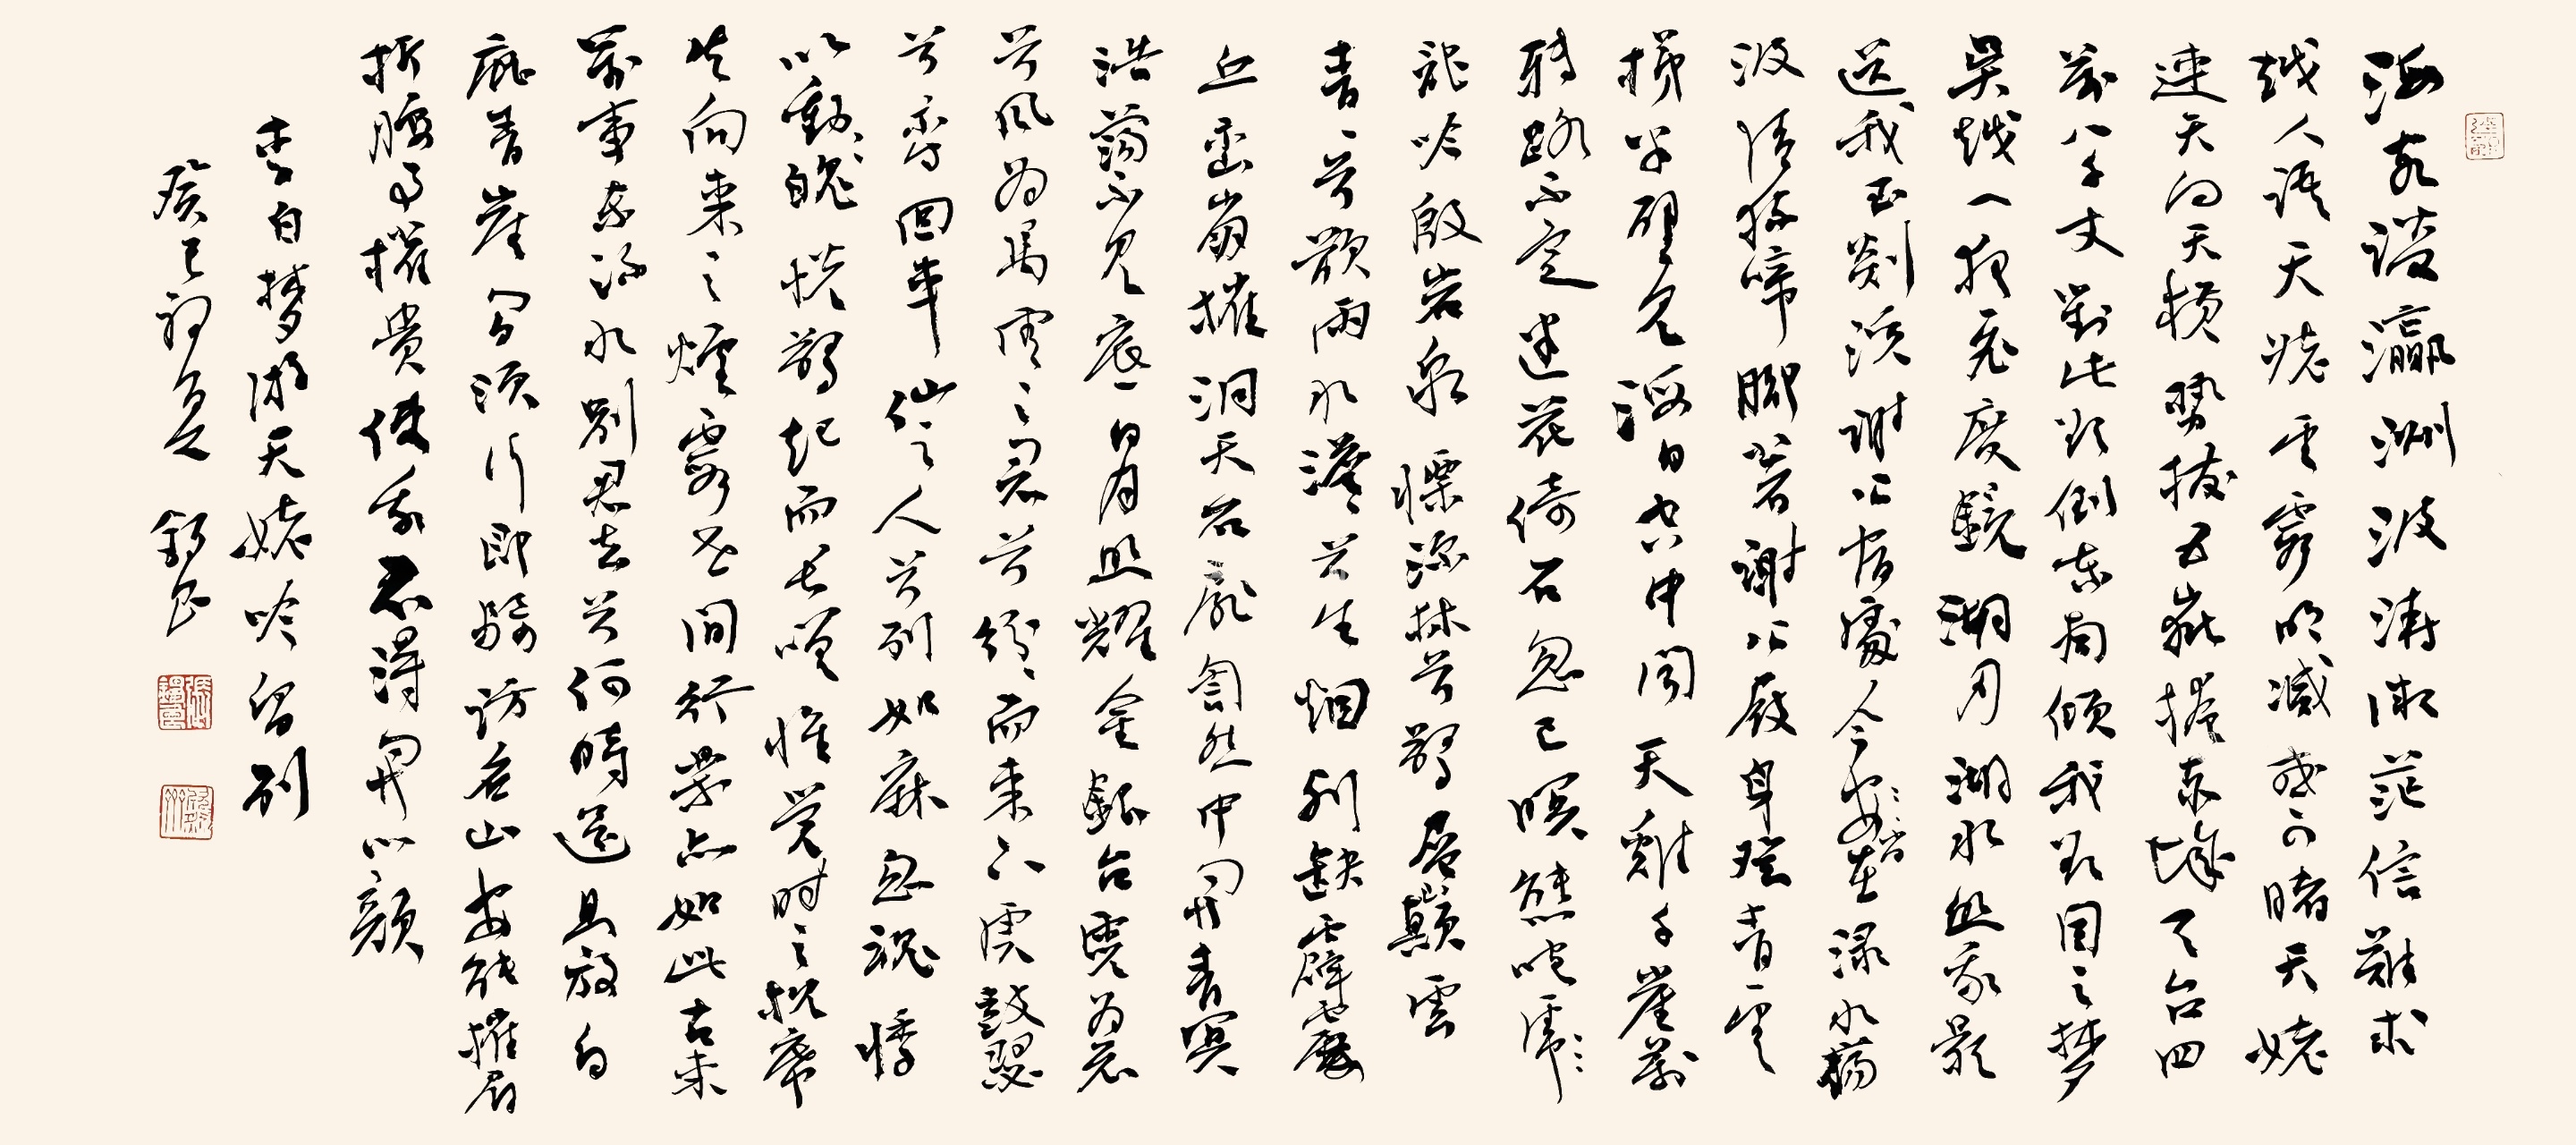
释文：海客谈瀛洲，烟涛微茫信难求。越人语天姥，云霓明灭或可睹。天姥连天向天横，势拔五岳掩赤城。天台四万八千丈，对此欲倒东南倾。我欲因之梦吴越，一夜飞度镜湖月。湖月照我影，送我至剡溪。谢公宿处今尚在，渌水荡漾清猿啼。脚著谢公屐，身登青云梯。半壁见海日，空中闻天鸡。千岩万转路不定，迷花倚石忽已暝。熊咆龙吟殷岩泉，栗深林兮惊层巅。云青青兮欲雨水，水澹澹兮生烟。列缺霹雳，丘峦崩摧。洞天石扇訇然中开。青冥浩荡不见底，日月照耀金银台。霓为衣兮风为马，云之君兮纷纷而来下。虎鼓瑟兮鸾回车，仙之人兮列如麻。忽魂悸以魄动，惊起而长嗟。惟觉时之枕席，失向来之烟霞。世间行乐亦如此，古来万事东流水。别君去兮何时还？且放白鹿青崖间，须行即骑访名山。安能摧眉折腰事权贵，使我不得开心颜！张锡良2013年作